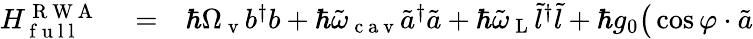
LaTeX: \begin{array}{rlr}{H_{\mathrm{~f~u~l~l~}}^{\mathrm{~R~W~A~}}}&{{}=}&{\hbar\Omega_{\mathrm{~v~}}b^{\dagger}b+\hbar\tilde{\omega}_{\mathrm{~c~a~v~}}\tilde{a}^{\dagger}\tilde{a}+\hbar\tilde{\omega}_{\mathrm{~L~}}\tilde{l}^{\dagger}\tilde{l}+\hbar g_{0}\big(\cos\varphi\cdot\tilde{a}}\end{array}